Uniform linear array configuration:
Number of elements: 12
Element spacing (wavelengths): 0.5
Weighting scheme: kaiser
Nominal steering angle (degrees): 15
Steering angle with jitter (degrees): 14.947
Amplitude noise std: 0.05
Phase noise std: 0.05

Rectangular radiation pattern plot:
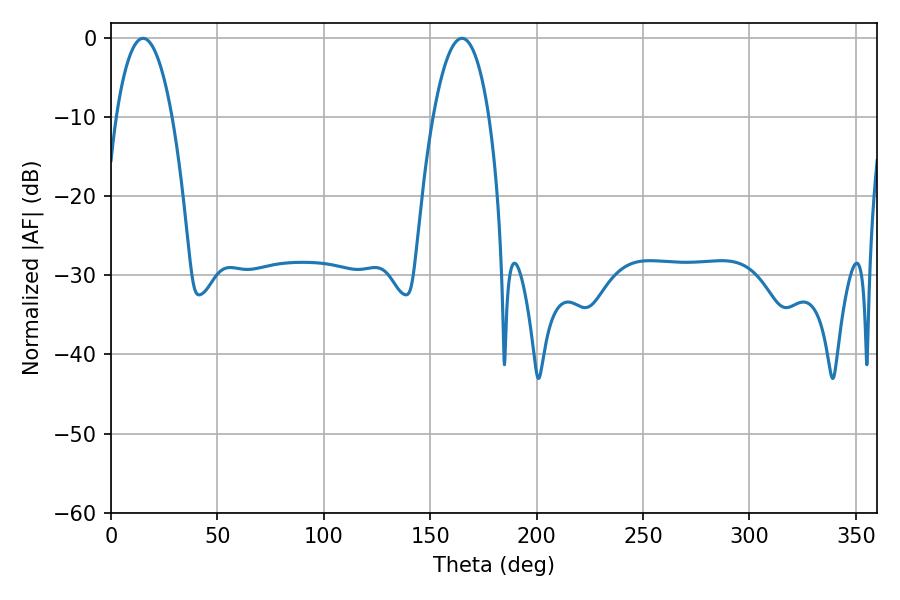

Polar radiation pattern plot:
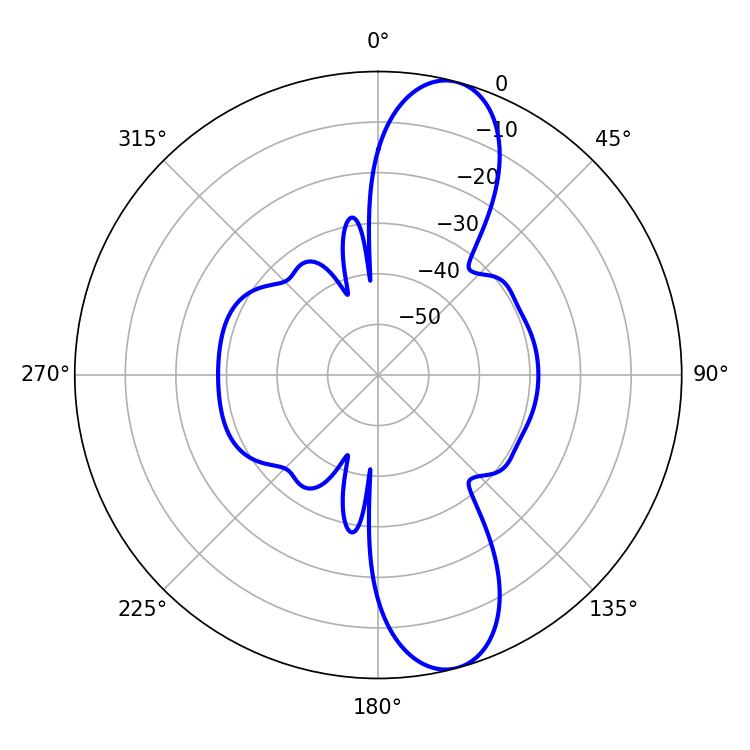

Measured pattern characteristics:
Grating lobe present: FALSE
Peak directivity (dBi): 11.451
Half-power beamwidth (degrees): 14.58
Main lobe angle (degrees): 15.12